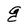
Character: g